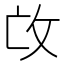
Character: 𢻬